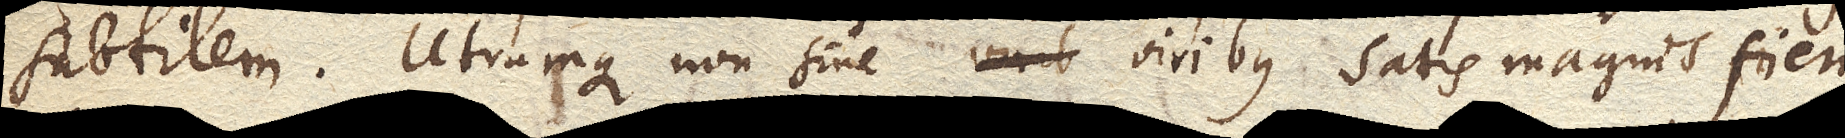
subtilem. Utrumque non sine viribus satis magnis fieri